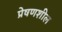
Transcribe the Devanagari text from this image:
प्रेषणशील